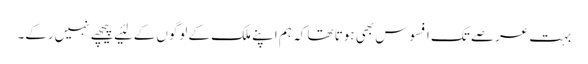
بہت عرصے تک افسوس بھی ہوتا تھا کہ ہم اپنے ملک کے لوگوں‌کے لئیے پیچھے نہیں‌رکے۔